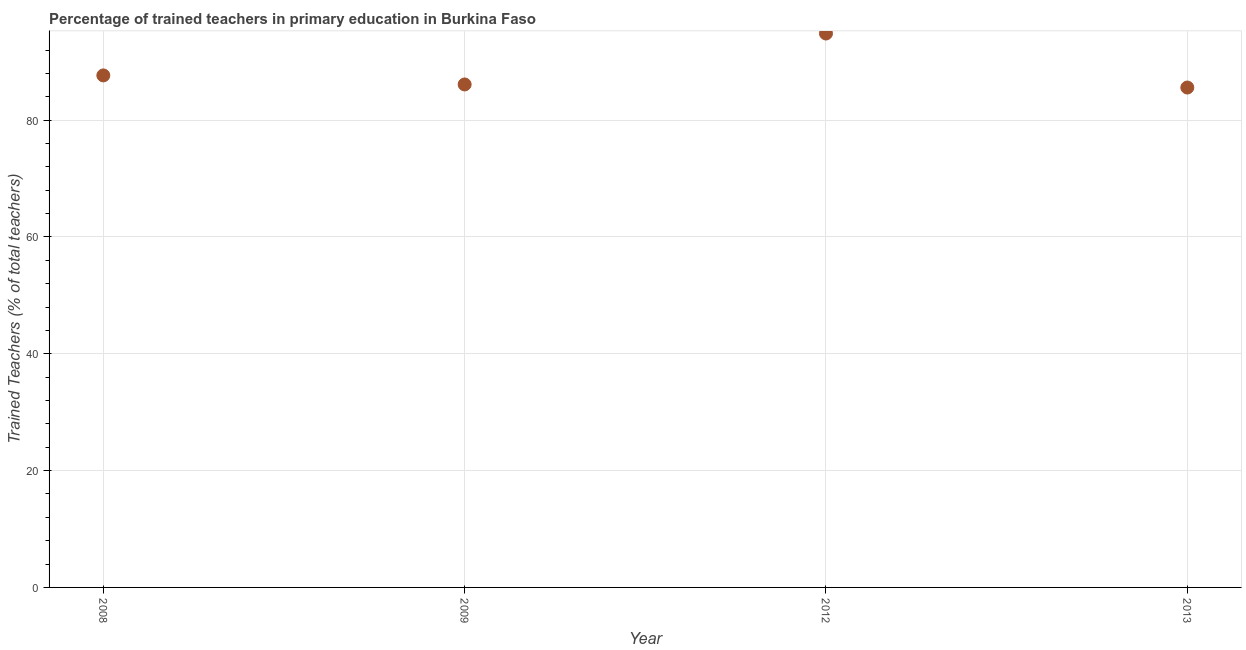
| Year | Trained teacher |
 | --- | --- |
 | 2008 | 87.7 |
 | 2009 | 86.1 |
 | 2012 | 94.8 |
 | 2013 | 85.6 |